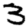
Digit: 3